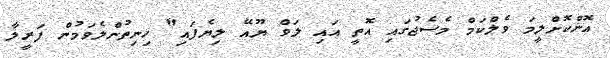
އޮންކޮށްލީމަ ވެލްކަމް މެސެޖުގައި އޮތީ އައި ލަވް ޔޫއޭ ލިޔެފައި" ހިނިތުންލެވަމުން ފަރީލާ